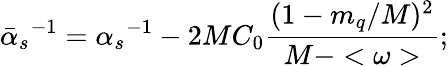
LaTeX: {{\bar{\alpha}}_{s}}^{-1}={\alpha_{s}}^{-1}-{2MC_{0}}{\frac{(1-m_{q}/M)^{2}}{M-<\omega>}};